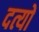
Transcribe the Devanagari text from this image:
दत्यों